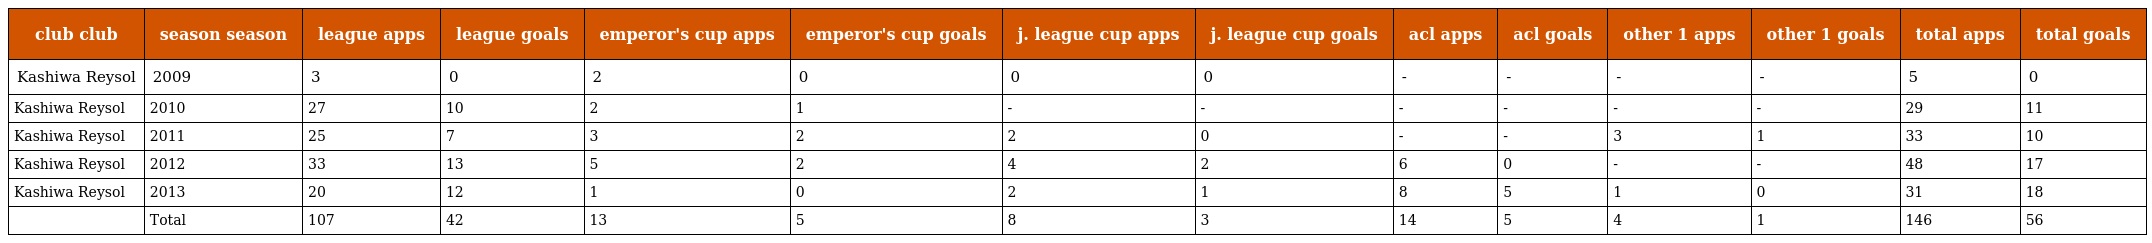
| club club | season season | league apps | league goals | emperor's cup apps | emperor's cup goals | j. league cup apps | j. league cup goals | acl apps | acl goals | other 1 apps | other 1 goals | total apps | total goals |
 | --- | --- | --- | --- | --- | --- | --- | --- | --- | --- | --- | --- | --- | --- |
 | Kashiwa Reysol | 2009 | 3 | 0 | 2 | 0 | 0 | 0 | - | - | - | - | 5 | 0 |
 | Kashiwa Reysol | 2010 | 27 | 10 | 2 | 1 | - | - | - | - | - | - | 29 | 11 |
 | Kashiwa Reysol | 2011 | 25 | 7 | 3 | 2 | 2 | 0 | - | - | 3 | 1 | 33 | 10 |
 | Kashiwa Reysol | 2012 | 33 | 13 | 5 | 2 | 4 | 2 | 6 | 0 | - | - | 48 | 17 |
 | Kashiwa Reysol | 2013 | 20 | 12 | 1 | 0 | 2 | 1 | 8 | 5 | 1 | 0 | 31 | 18 |
 |  | Total | 107 | 42 | 13 | 5 | 8 | 3 | 14 | 5 | 4 | 1 | 146 | 56 |